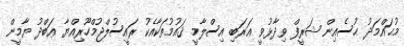
މުޙައްމަދު ޙުސެއިން ޝަރީފް ވިދާޅުވީ ޢަރަބި އިސްލާމީ ޤައުމުތަކާއެކު ރައީސުލްޖުމްހޫރިއްޔާ ޢަބްދު ޔާމީން